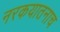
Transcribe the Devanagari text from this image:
नरकयातनाच